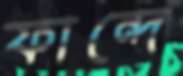
ফান্দে